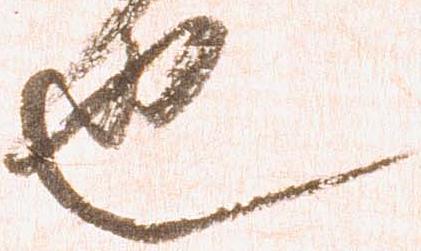
也